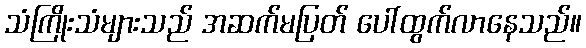
သံကြိုးသံများသည် အဆက်မပြတ် ပေါ်ထွက်လာနေသည်။